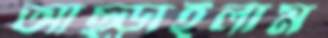
আছ্‌ড়াইলাম